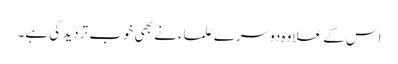
اس کے علاوہ دوسرے علماء نے بھی خوب تردید کی ہے۔